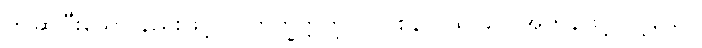
ဤဆိုပြီးသော နည်းဖြင့်။ ဝါတက္ခိတ္တတူလ-ပိစုနာဝိယ၊ လေအဟုန်ဖြင့်လွင့်သော